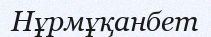
Нұрмұқанбет